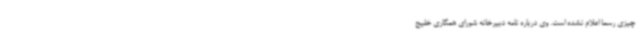
چیزی رسما اعلام نشده است. وی درباره نامه دبیرخانه شورای همکاری خلیج